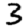
Digit: 3